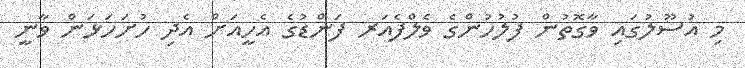
މި އުސޫލުގައި ވާގޮތުން ފުލުހުންގެ ވެލްފެއަރ ފަންޑުގެ އެހީއަށް އެދި ހުށަހަޅަން ވާނީ